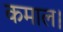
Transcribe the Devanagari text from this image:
कमाल।